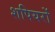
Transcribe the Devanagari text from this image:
शपियरों